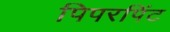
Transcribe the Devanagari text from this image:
पिपरपिंट